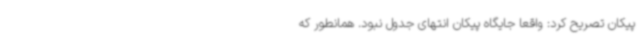
پیکان تصریح کرد: واقعا جایگاه پیکان انتهای جدول نبود. همانطور که